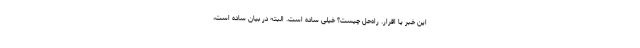
این خبر یا اقرار. راه‌حل چیست؟ خیلی ساده است. البته در بیان ساده است،